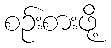
စဉ်းစားဖို့